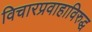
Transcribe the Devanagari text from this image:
विचारप्रवाहाविरुद्ध